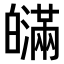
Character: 𤾯